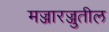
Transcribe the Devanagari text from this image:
मज्जारज्जुतील